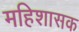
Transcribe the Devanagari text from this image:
महिशासक